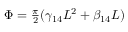
\begin{array} { r } { \Phi = \frac { \pi } { 2 } ( \gamma _ { 1 4 } L ^ { 2 } + \beta _ { 1 4 } L ) } \end{array}